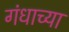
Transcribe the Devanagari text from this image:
गंधाच्या